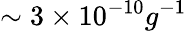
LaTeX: \sim 3\times 10^{-10}g^{-1}